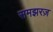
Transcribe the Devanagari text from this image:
समझरज़